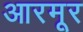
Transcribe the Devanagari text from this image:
आरमूर